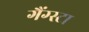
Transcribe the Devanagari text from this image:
गैंग्स्टा